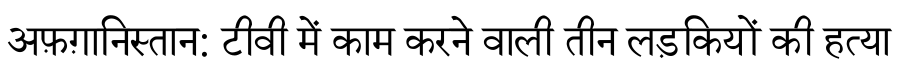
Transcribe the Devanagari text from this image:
अफ़ग़ानिस्तान: टीवी में काम करने वाली तीन लड़कियों की हत्या